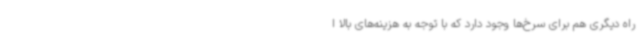
راه دیگری هم برای سرخ‌ها وجود دارد که با توجه به هزینه‌های بالا ا